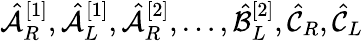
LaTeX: \hat{\mathcal{A}}_{R}^{[1]},\hat{\mathcal{A}}_{L}^{[1]},\hat{\mathcal{A}}_{R}^{[2]},\dots,\hat{\mathcal{B}}_{L}^{[2]},\hat{\mathcal{C}}_{R},\hat{\mathcal{C}}_{L}